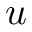
\boldsymbol { u }